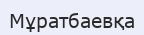
Мұратбаевқа